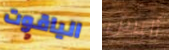
الياقوت أليس